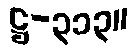
ဋ္ဌ-၃၁၃။